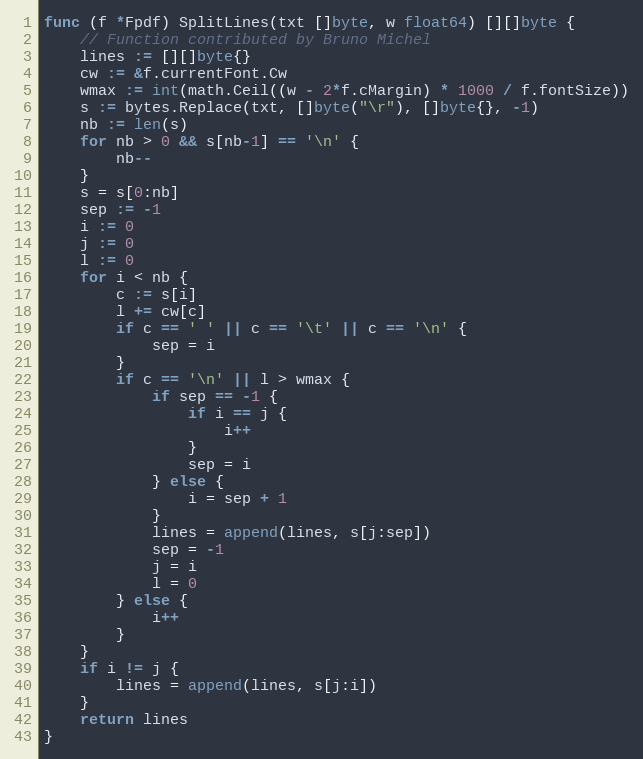
Language: Go
func (f *Fpdf) SplitLines(txt []byte, w float64) [][]byte {
	// Function contributed by Bruno Michel
	lines := [][]byte{}
	cw := &f.currentFont.Cw
	wmax := int(math.Ceil((w - 2*f.cMargin) * 1000 / f.fontSize))
	s := bytes.Replace(txt, []byte("\r"), []byte{}, -1)
	nb := len(s)
	for nb > 0 && s[nb-1] == '\n' {
		nb--
	}
	s = s[0:nb]
	sep := -1
	i := 0
	j := 0
	l := 0
	for i < nb {
		c := s[i]
		l += cw[c]
		if c == ' ' || c == '\t' || c == '\n' {
			sep = i
		}
		if c == '\n' || l > wmax {
			if sep == -1 {
				if i == j {
					i++
				}
				sep = i
			} else {
				i = sep + 1
			}
			lines = append(lines, s[j:sep])
			sep = -1
			j = i
			l = 0
		} else {
			i++
		}
	}
	if i != j {
		lines = append(lines, s[j:i])
	}
	return lines
}